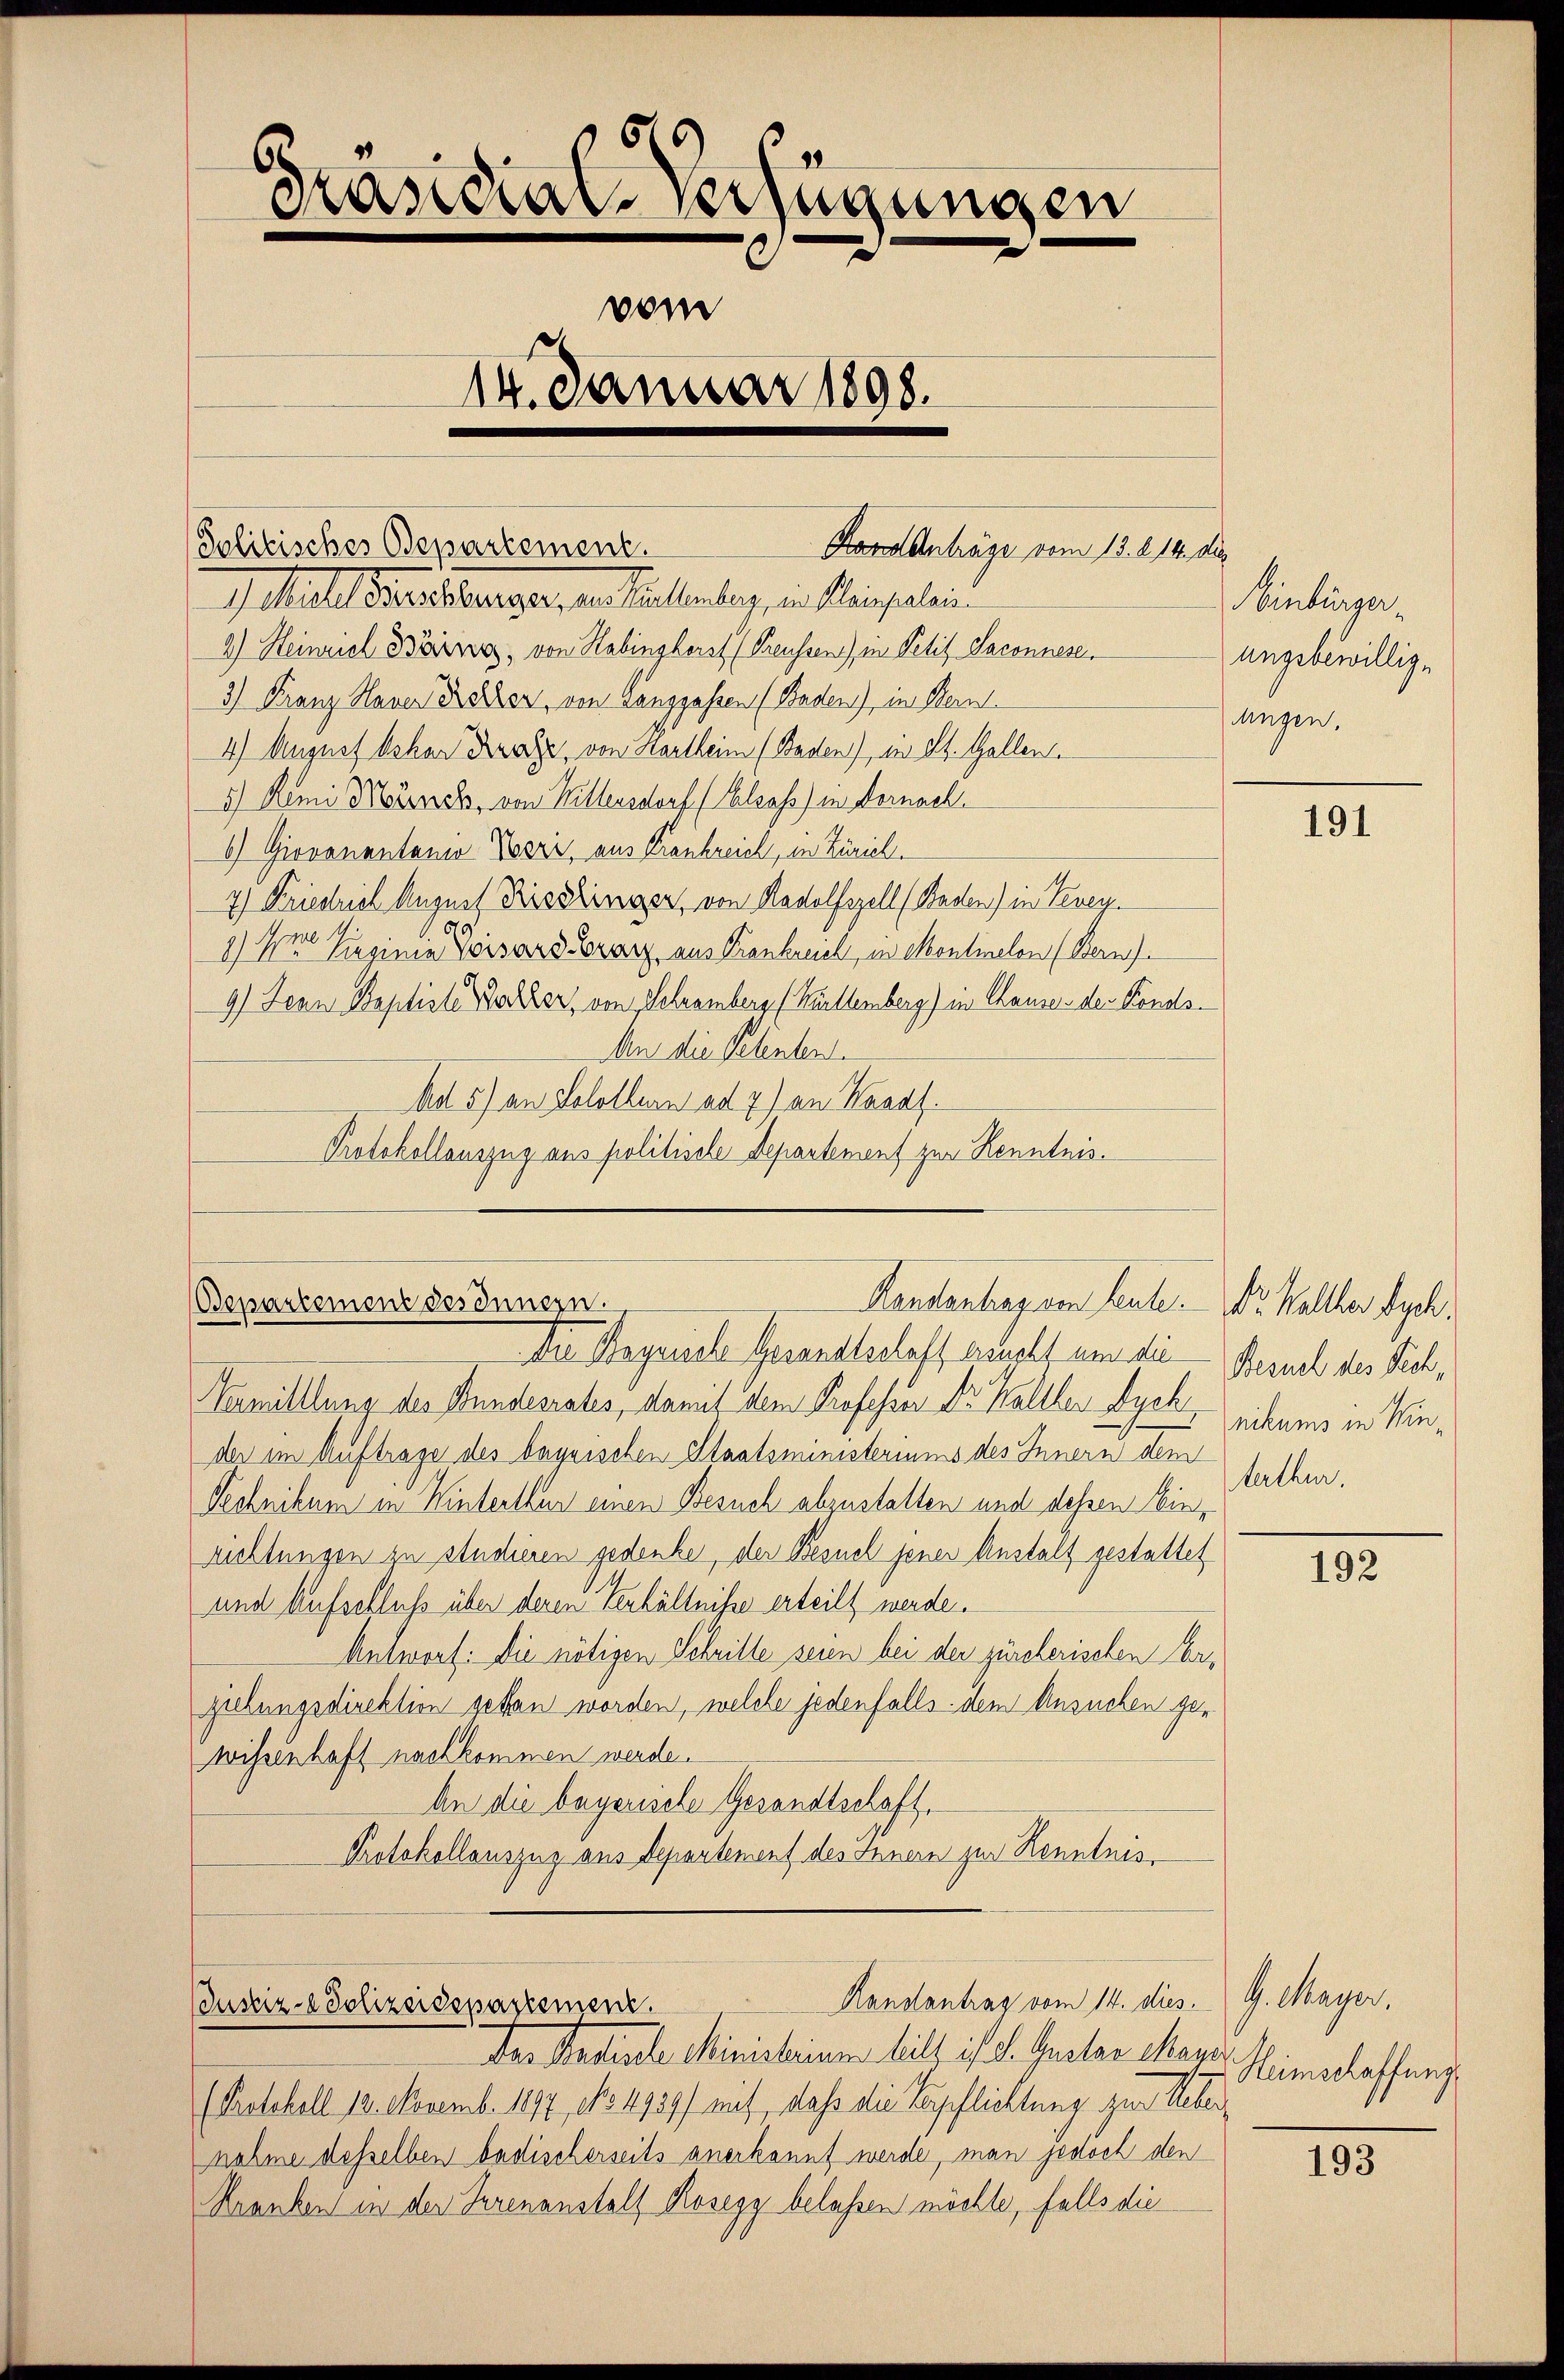
8
Präsidiale verfügungen
vom
14. Januar 1898.

Politisches Departement.
) Michael Berichsburger, aus Kellenberg, in Kleinpalais
2.) Heinrich Bärnez, von Kabingherst (Preussen) in Petit-Saconnese,
3.) Franz Hauer Kerker, von Langgassen (Baden), in Bern.
4) August behar Kratz, von Karlheim (Baden), wo St. Gallen
5.) Remi Münch, von Willersdorf (Elsass) in Dornach
6) Giovanentanio Beri, aus Krankreich, in Zürich.
2) Friedrich August Rissringer, von Radolfszell (Baden) in Vevey
8) Im Singinie Poisard Grarz, aus Trankreich, in Montielen (Gern
9.) Denn Baptiste Tochter, von Schramberg (Wettemberg) in Chause der Fonds¬
An die Petenten.
Ad 5) an Solothurn ad 2) an Karaf
Protokollauszug aus politische Departement zur Kenntnis¬

Hors Anträge vom 13. 214. die

Handentrag von Leute.
Bepartement des Innern.
Die Regerich Gesandtschaft brucht um die

Vermilllung der Bundesrates, damit dem Professor Dr. Walller Dych
der im Auftrage des bayrischen Staatsministeriums des Innern dem
Technikum in Hinterthur einen Besuch abzustatten und dessen Einrichtungen zu studieren gedenke, der Besuch jener Anstalt gestattet
und Aufschluß über deren Verhältnisse erteilt werde.
Antwort: Die nötigen Schritte seien bei der zürcherischen bezelungsdirektion getan worden, welche jedenfalls dem Ansuchen gewihrenhaft nachkommen werde.
An die begerische Gesandtschaft.
Protokollauszug aus Departement des Innern zur Kenntnis¬

Handantrag vom 14. dies. G. Mayer,
Justiz- & Polizeidepartement.
Der Radiale Ministerium hielt ist d. Gester Man

Einbürger
ungsbewilligdingen.

(Protokoll 18. Novemb. 1897, No 4939) mit, daß die Verpflichtung zur Ueber
nahme desselben badischerseits anerkannt werde, man jedoch den
Kranken in der Irrenanstalt Rosegg belassen möchte, falls die

191

Dr. Keller dych.
Besuch des Pech,
nikums in Win¬
Rathe,

192

Heimschaffung

193